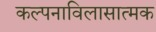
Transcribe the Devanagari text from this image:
कल्पनाविलासात्मक